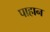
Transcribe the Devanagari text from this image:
पाहान